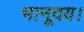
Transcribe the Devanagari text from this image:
भानूदय।